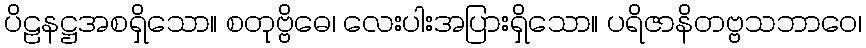
ပိဠနဋ္ဌအစရှိသော။ စတုဗ္ဗိဓေ၊ လေးပါးအပြားရှိသော။ ပရိဇာနိတဗ္ဗသဘာဝေ၊